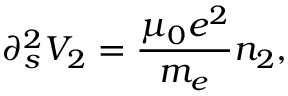
\partial _ { s } ^ { 2 } V _ { 2 } = { \frac { \mu _ { 0 } e ^ { 2 } } { m _ { e } } } n _ { 2 } ,